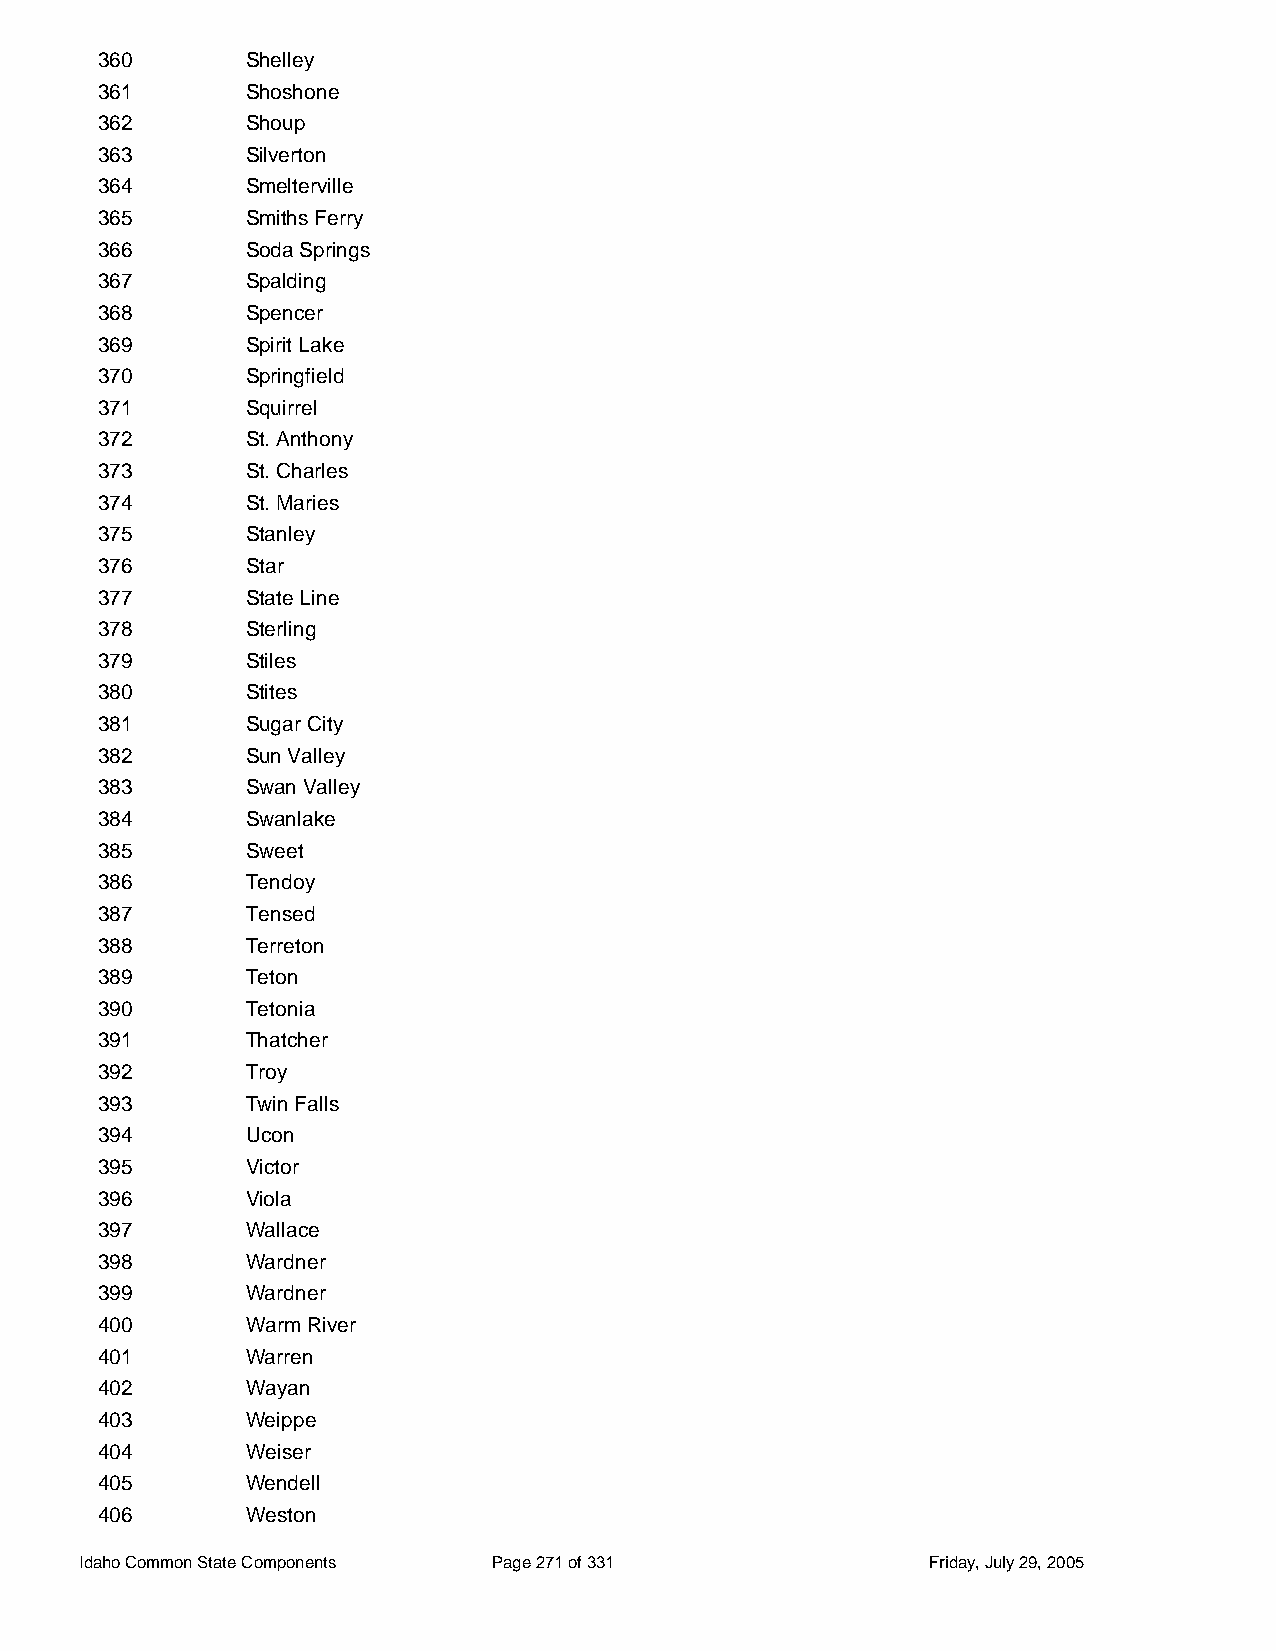
360       Shelley
 361       Shoshone
 362       Shoup
 363       Silverton
 364       Smelterville
 365       Smiths Ferry
 366       Soda Springs
 367       Spalding
 368       Spencer
 369       Spirit Lake
 370       Springfield
 371       Squirrel
 372       St. Anthony
 373       St. Charles
 374       St. Maries
 375       Stanley
 376       Star
 377       State Line
 378       Sterling
 379       Stiles
 380       Stites
 381       Sugar City
 382       Sun Valley
 383       Swan Valley
 384       Swanlake
 385       Sweet
 386       Tendoy
 387       Tensed
 388       Terreton
 389       Teton
 390       Tetonia
 391       Thatcher
 392       Troy
 393       Twin Falls
 394       Ucon
 395       Victor
 396       Viola
 397       Wallace
 398       Wardner
 399       Wardner
 400       Warm River
 401       Warren
 402       Wayan
 403       Weippe
 404       Weiser
 405       Wendell
 406       Weston
 Idaho Common State Components Page 271 of 331           Friday, July 29, 2005